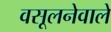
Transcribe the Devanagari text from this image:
वसूलनेवाले